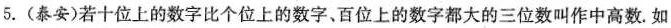
5.(泰安)若十位上的数字比个位上的数字、百位上的数字都大的三位数叫作中高数.如